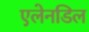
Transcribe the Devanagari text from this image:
एलेनडिल